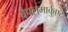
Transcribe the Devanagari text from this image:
चैपलमार्कुएट